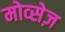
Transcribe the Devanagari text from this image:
मोव्सेज़